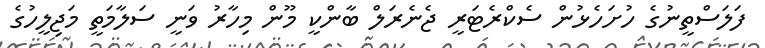
ފަލަސްތީނުގެ ހުށަހެޅުން ސެކްރެޓަރީ ޖެނެރަލް ބާންކީ މޫން މިހާރު ވަނީ ސަލާމަތީ މަޖިލީހުގެ